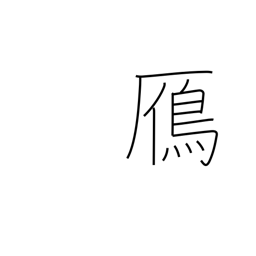
Meaning: wild goose